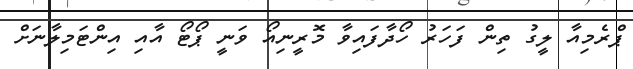
ޕްރެމިއާ ލީގު ތިން ފަހަރު ހޯދާފައިވާ މޮރީނިއޯ ވަނީ ޕޯޓޯ އާއި އިންޓަމިލާނަށް